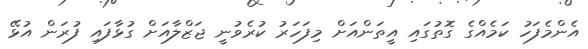
އެންމެފަހު ކަމެއްގެ ގޮތުގައި އީތަންއަށް މިފަހަރު ކުރެވުނީ ޖަޒްލާއަށް ގުޅާފައި ފުރަން އުޅޭ